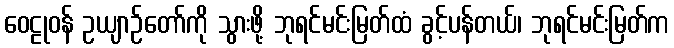
ဝေဠုဝန် ဥယျာဉ်တော်ကို သွားဖို့ ဘုရင်မင်းမြတ်ထံ ခွင့်ပန်တယ်၊ ဘုရင်မင်းမြတ်က